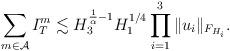
LaTeX: \begin{align*} \sum_{m\in\mathcal{A}} I_T^m \lesssim H_{3}^{\frac 1\alpha-1}H_{1}^{1/4} \prod_{i=1}^3 \|u_i\|_{F_{H_i}}. \end{align*}